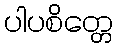
ပါပစိတ္တေ